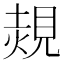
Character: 𧡂